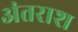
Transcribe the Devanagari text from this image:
अंतराश